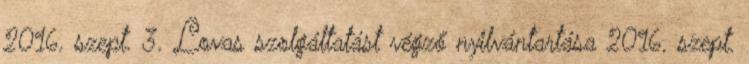
2016. szept. 3. Lovas szolgáltatást végző nyilvántartása 2016. szept.